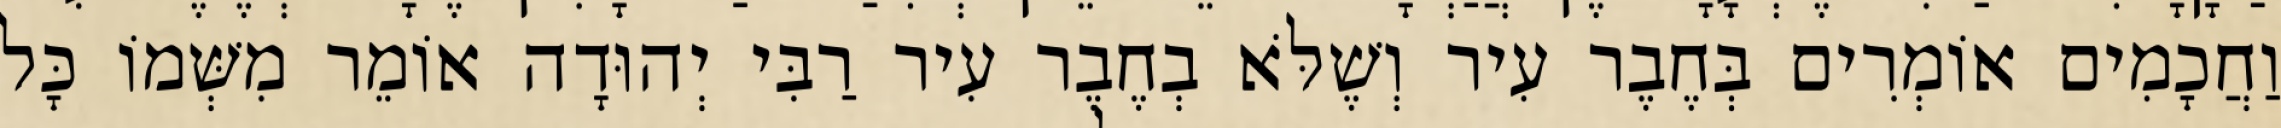
וַחֲכָמִים אוֹמְרִים בְּחֶבֶר עִיר וְשֶׁלֹּא בְחֶבֶר עִיר רַבִּי יְהוּדָה אוֹמֵר מִשְּׁמוֹ כָּל